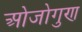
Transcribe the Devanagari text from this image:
ओजोगुण